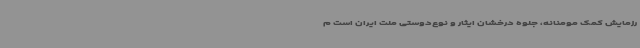
رزمایش کمک مومنانه، جلوه درخشان ایثار و نوع‌دوستی ملت ایران است م